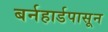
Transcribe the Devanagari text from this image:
बर्नहार्डपासून